On a parasite found in persons suffering from enlargement of the spleen in India - Number 15
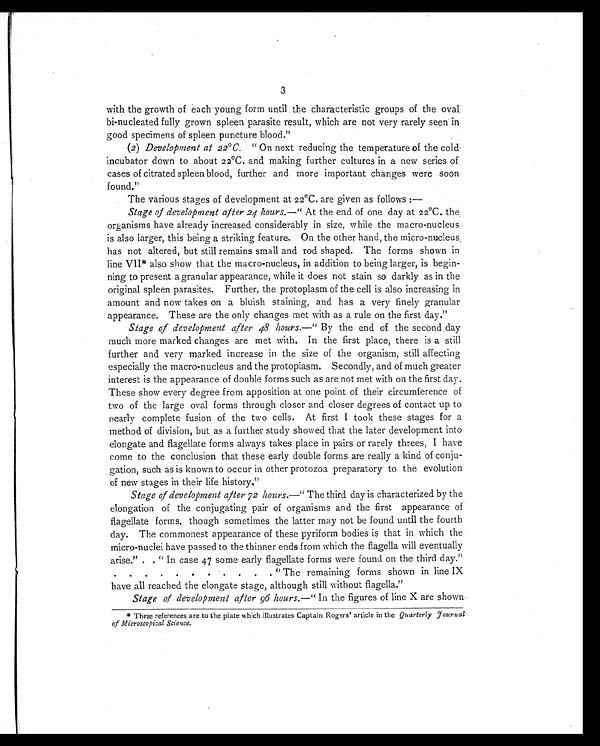
3
with the growth of each young form until the characteristic groups of the oval
bi-nucleated fully grown spleen parasite result, which are not very rarely seen in
good specimens of spleen puncture blood."
(2) Development at 22ºC. "On next reducing the temperature of the cold
incubator down to about 22ºC. and making further cultures in a new series of
cases of citrated spleen blood, further and more important changes were soon
found."
The various stages of development at 22ºC. are given as follows:
—
Stage of development after 24 hours. —"At the end of one day at 22ºC. the
organisms have already increased considerably in size, while the macro-nucleus
is also larger, this being a striking feature. On the other hand, the micro-nucleus
has not altered, but still remains small and rod shaped. The forms shown in
line VII* also show that the macro-nucleus, in addition to being larger, is begin-
ning to present a granular appearance, while it does not stain so darkly as in the
original spleen parasites. Further, the protoplasm of the cell is also increasing in
amount and now takes on a bluish staining, and has a very finely granular
appearance. These are the only changes met with as a rule on the first day."
Stage of development after 48 hours. —"By the end of the second day
much more marked changes are met with. In the first place, there is a still
further and very marked increase in the size of the organism, still affecting
especially the macro-nucleus and the protoplasm. Secondly, and of much greater
interest is the appearance of double forms such as are not met with on the first day.
These show every degree from apposition at one point of their circumference of
two of the large oval forms through closer and closer degrees of contact up to
nearly complete fusion of the two cells. At first I took these stages for a
method of division, but as a further study showed that the later development into
elongate and flagellate forms always takes place in pairs or rarely threes, I have
come to the conclusion that these early double forms are really a kind of conju-
gation, such as is known to occur in other protozoa preparatory to the evolution
of new stages in their life history."
Stage of development after 72 hours.—"The third day is characterized by the
elongation of the conjugating pair of organisms and the first appearance of
flagellate forms, though sometimes the latter may not be found until the fourth
day. The commonest appearance of these pyriform bodies is that in which the
micro-nuclei have passed to the thinner ends from which the flagella will eventually
arise." . . "In case 47 some early flagellate forms were found on the third day."
. . . . . . . . . . . "The remaining forms shown in line IX
have all reached the elongate stage, although still without flagella."
Stage of development after 96 hours. —"In the figures of line X are shown
* These references are to the plate which illustrates Captain Rogers' article in the Quarterly Journal
of Microscopical Science.